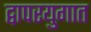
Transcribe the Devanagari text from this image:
द्वापरयुगात